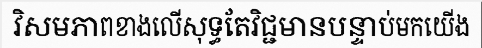
វិសមភាពខាងលើសុទ្ធតែវិជ្ជមានបន្ទាប់មកយើង